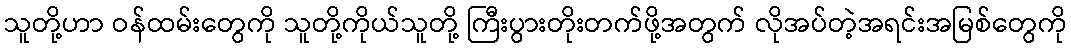
သူတို့ဟာ ဝန်ထမ်းတွေကို သူတို့ကိုယ်သူတို့ ကြီးပွားတိုးတက်ဖို့အတွက် လိုအပ်တဲ့အရင်းအမြစ်တွေကို